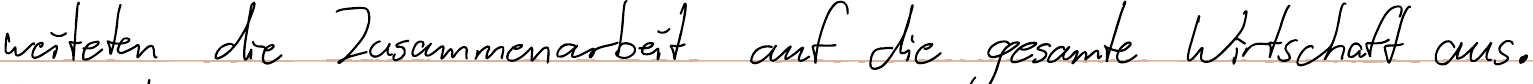
weiteten die Zusammenarbeit auf die gesamte Wirtschaft aus.